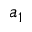
a _ { 1 }